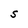
Character: S